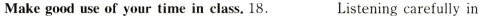
Make good use of your time in class. 18. ___Listening carefully in